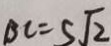
B C = 5 \sqrt { 2 }